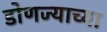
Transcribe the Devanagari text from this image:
डोणज्याच्या